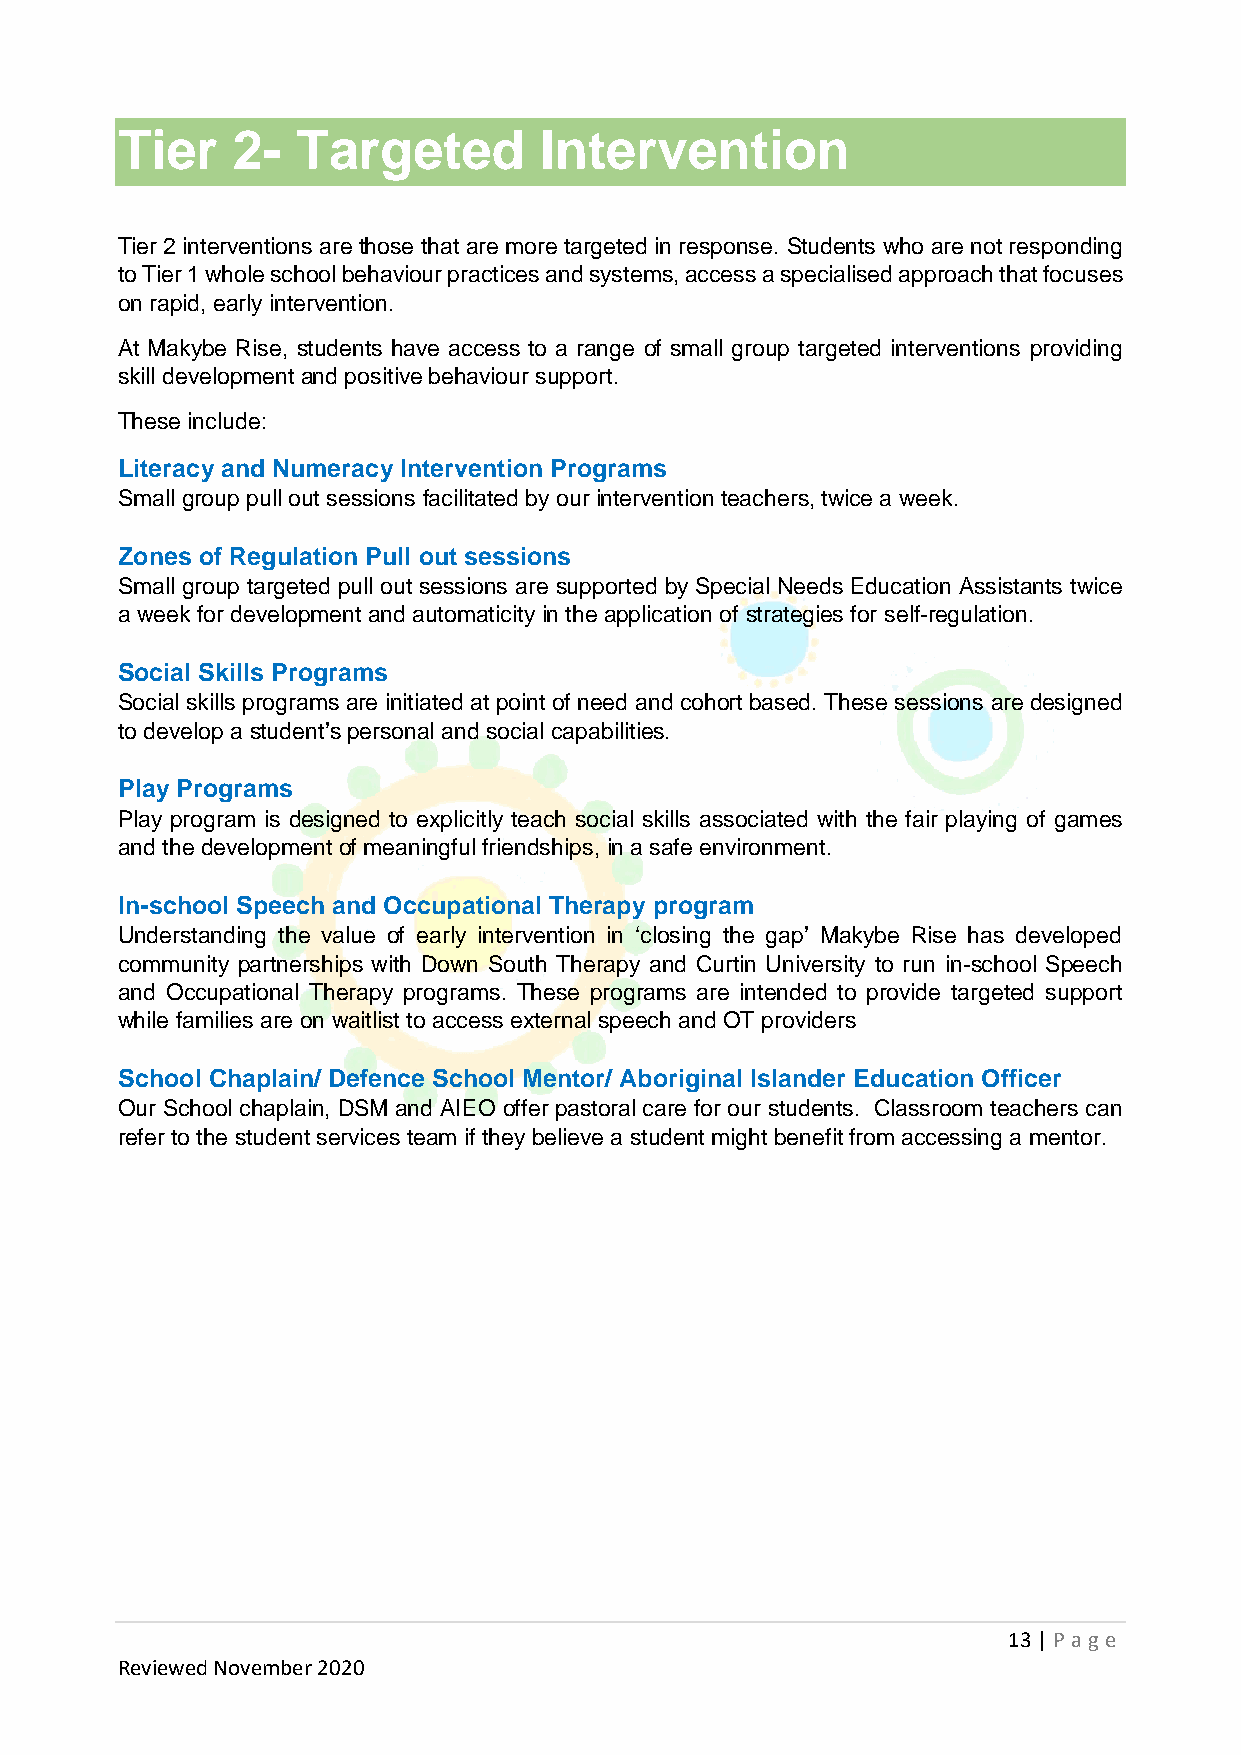
Tier   2-   Targeted        Intervention
 Tier 2 interventions are those that are more targeted in response. Students who are not responding
 to Tier 1 whole school behaviour practices and systems, access a specialised approach that focuses
 on rapid, early intervention.
 At Makybe Rise, students have access to a range of small group targeted interventions providing
 skill development and positive behaviour support.
 These include:
 Literacy and Numeracy Intervention Programs
 Small group pull out sessions facilitated by our intervention teachers, twice a week.
 Zones of Regulation Pull out sessions
 Small group targeted pull out sessions are supported by Special Needs Education Assistants twice
 a week for development and automaticity in the application of strategies for self-regulation.
 Social Skills Programs
 Social skills programs are initiated at point of need and cohort based. These sessions are designed
 to develop a student’s personal and social capabilities.
 Play Programs
 Play program is designed to explicitly teach social skills associated with the fair playing of games
 and the development of meaningful friendships, in a safe environment.
 In-school Speech and Occupational Therapy program
 Understanding the value of early intervention in ‘closing the gap’ Makybe Rise has developed
 community partnerships with Down South Therapy and Curtin University to run in-school Speech
 and Occupational Therapy programs. These programs are intended to provide targeted support
 while families are on waitlist to access external speech and OT providers
 School Chaplain/ Defence School Mentor/ Aboriginal Islander Education Officer
 Our School chaplain, DSM and AIEO offer pastoral care for our students. Classroom teachers can
 refer to the student services team if they believe a student might benefit from accessing a mentor.
 13 | P age
 Reviewed November 2020